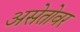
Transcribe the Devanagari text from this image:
असेतोवर